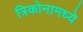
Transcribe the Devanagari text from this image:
त्रिकोनामध्ये